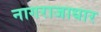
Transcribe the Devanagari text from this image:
नागराजाधार